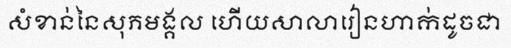
សំខាន់នៃសុភមង្គល ហើយសាលារៀនហាក់ដូចជា